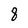
Character: 8